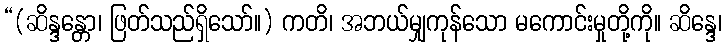
“(ဆိန္ဒန္တော၊ ဖြတ်သည်ရှိသော်။) ကတိ၊ အဘယ်မျှကုန်သော မကောင်းမှုတို့ကို။ ဆိန္ဒေ၊